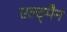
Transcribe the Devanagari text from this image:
एल्ट्मैन